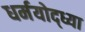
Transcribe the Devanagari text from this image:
धर्मयोद्ध्या